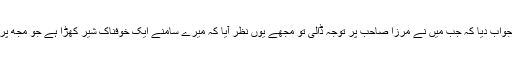
اور جب اس سے پوچھا گیا کہ تمہیں یہ کیا ہوا تھا تو اس نے جواب دیا کہ جب میں نے مرزا صاحبؑ پر توجہ ڈالی تو مجھے یوں نظر آیا کہ میرے سامنے ایک خوفناک شیر کھڑا ہے جو مجھ پر حملہ کرنے والا ہے اور مَیں اس سے ڈر کر بھاگ نکلا ہوں۔